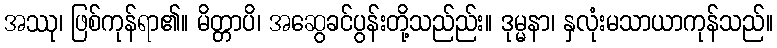
အဿု၊ ဖြစ်ကုန်ရာ၏။ မိတ္တာပိ၊ အဆွေခင်ပွန်းတို့သည်ည်း။ ဒုမ္မနာ၊ နှလုံးမသာယာကုန်သည်။